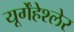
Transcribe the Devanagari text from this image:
यूर्गेंहेश्लेर